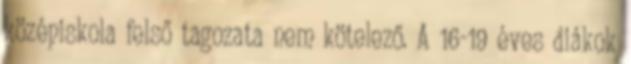
középiskola felső tagozata nem kötelező. A 16-19 éves diákok